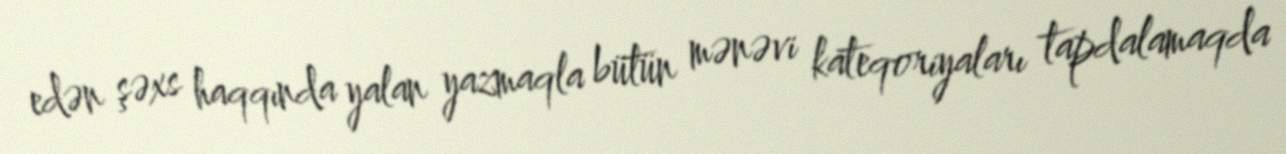
edən şəxs haqqında yalan yazmaqla bütün mənəvi kateqoriyaları tapdalamaqda